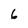
Character: 6